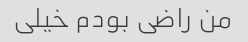
من راضی بودم خیلی